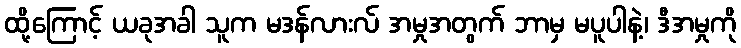
ထို့ကြောင့် ယခုအခါ သူက မဒန်လားလ် အမှုအတွက် ဘာမှ မပူပါနဲ့၊ ဒီအမှုကို